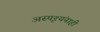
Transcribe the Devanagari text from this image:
अस्पृश्यंनाही